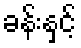
ခန်းနှင့်